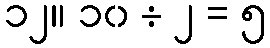
၁၂။ ၁၀ ÷ ၂ = ၅